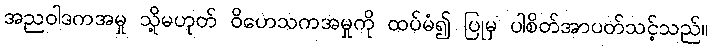
အညဝါဒကအမှု သို့မဟုတ် ဝိဟေသကအမှုကို ထပ်မံ၍ ပြုမှ ပါစိတ်အာပတ်သင့်သည်။